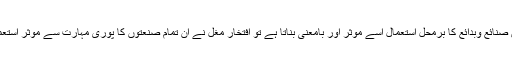
شاعری میں صنائع وبدائع کا برمحل استعمال اسے موثر اور بامعنی بناتا ہے تو افتخارؔ مغل نے ان تمام صنعتوں کا پوری مہارت سے موثر استعمال کیا ہے ۔